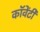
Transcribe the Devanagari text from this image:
कॉवेंटी